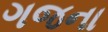
ગજના